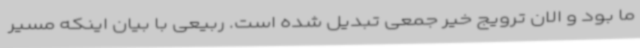
ما بود و الان ترویج خیر جمعی تبدیل شده است. ربیعی با بیان اینکه مسیر